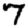
Digit: 7